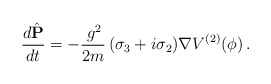
\begin{align*}\frac{d\hat{{\mathbf P}}}{dt} = - \frac{\,g^2}{2m}\,(\sigma_3 + i\sigma_2){\mathbf \nabla} V^{(2)}(\phi)\,.\end{align*}